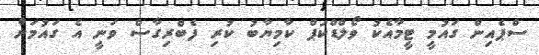
ސްޕެއިން ގައުމީ ޓީމާއެކު ވޯލްޑްކަޕް ކާމިޔާބު ކުރި ފެބްރިގާސް ވަނީ އެ ގައުމަށް